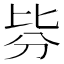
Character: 𣬄